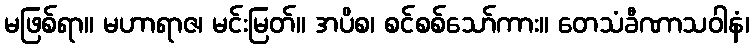
မဖြစ်ရာ။ မဟာရာဇ၊ မင်းမြတ်။ အပိစ၊ စင်စစ်သော်ကား။ တေသံခီဏာသဝါနံ၊